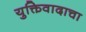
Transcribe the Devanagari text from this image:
युक्तिवादाचा